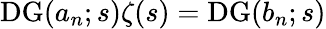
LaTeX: \operatorname{DG}(a_{n};s)\zeta(s)=\operatorname{DG}(b_{n};s)